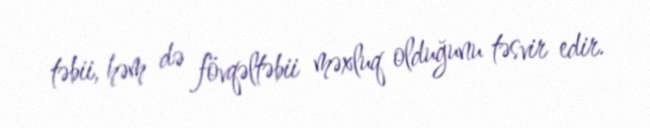
təbii, həm də fövqəltəbii məxluq olduğunu təsvir edir.